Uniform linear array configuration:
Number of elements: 16
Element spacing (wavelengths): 0.25
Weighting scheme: hann
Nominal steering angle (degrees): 30
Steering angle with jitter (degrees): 31.885
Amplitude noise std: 0.05
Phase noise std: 0.05

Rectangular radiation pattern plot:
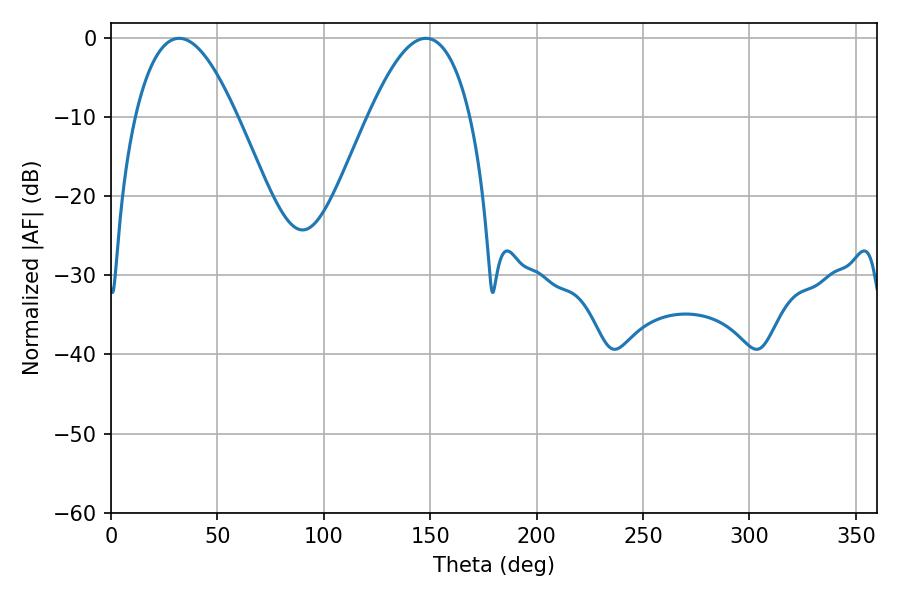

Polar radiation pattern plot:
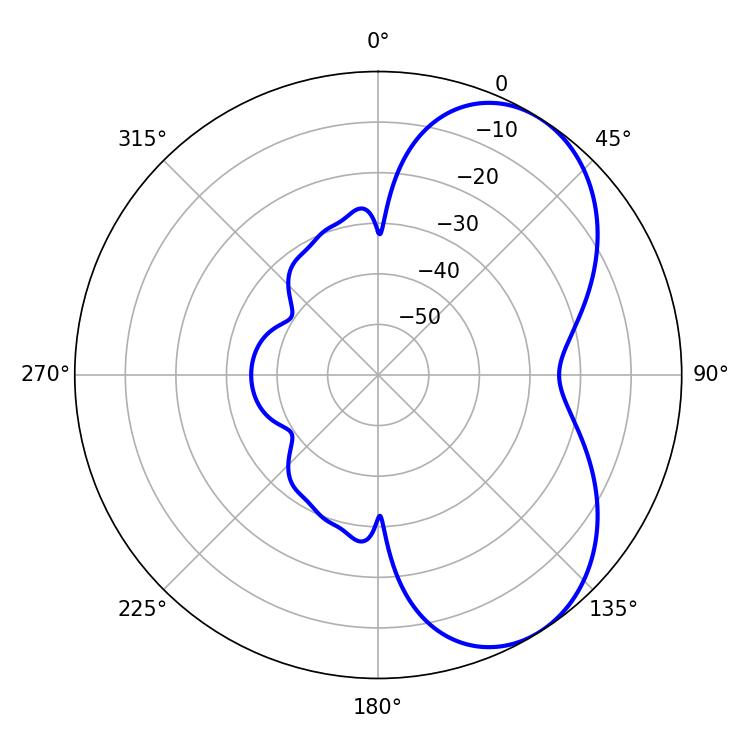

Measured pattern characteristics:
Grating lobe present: FALSE
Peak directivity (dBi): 5.638
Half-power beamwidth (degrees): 26.1
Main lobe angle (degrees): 32.04